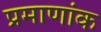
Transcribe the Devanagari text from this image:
प्रमाणांक